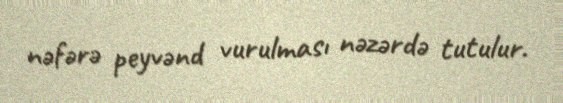
nəfərə peyvənd vurulması nəzərdə tutulur.